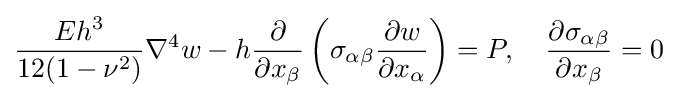
{\frac {Eh^{3}}{12(1-\nu ^{2})}}\nabla ^{4}w-h{\frac {\partial }{\partial x_{\beta }}}\left(\sigma _{\alpha \beta }{\frac {\partial w}{\partial x_{\alpha }}}\right)=P,\quad {\frac {\partial \sigma _{\alpha \beta }}{\partial x_{\beta }}}=0